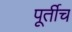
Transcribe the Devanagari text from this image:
पूर्तीच